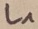
Text: L1